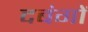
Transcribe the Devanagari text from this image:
दबंगों